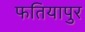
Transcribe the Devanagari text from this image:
फतियापुर